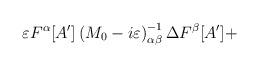
LaTeX: \begin{align*}\varepsilon F^{\alpha }[A']\left( M_{0}-i\varepsilon \right) _{\alpha \beta }^{-1}\Delta F^{\beta }[A']+\end{align*}